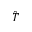
\hat { T }